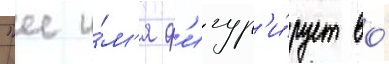
"ее и́м'я ф'игур'и́рует во́